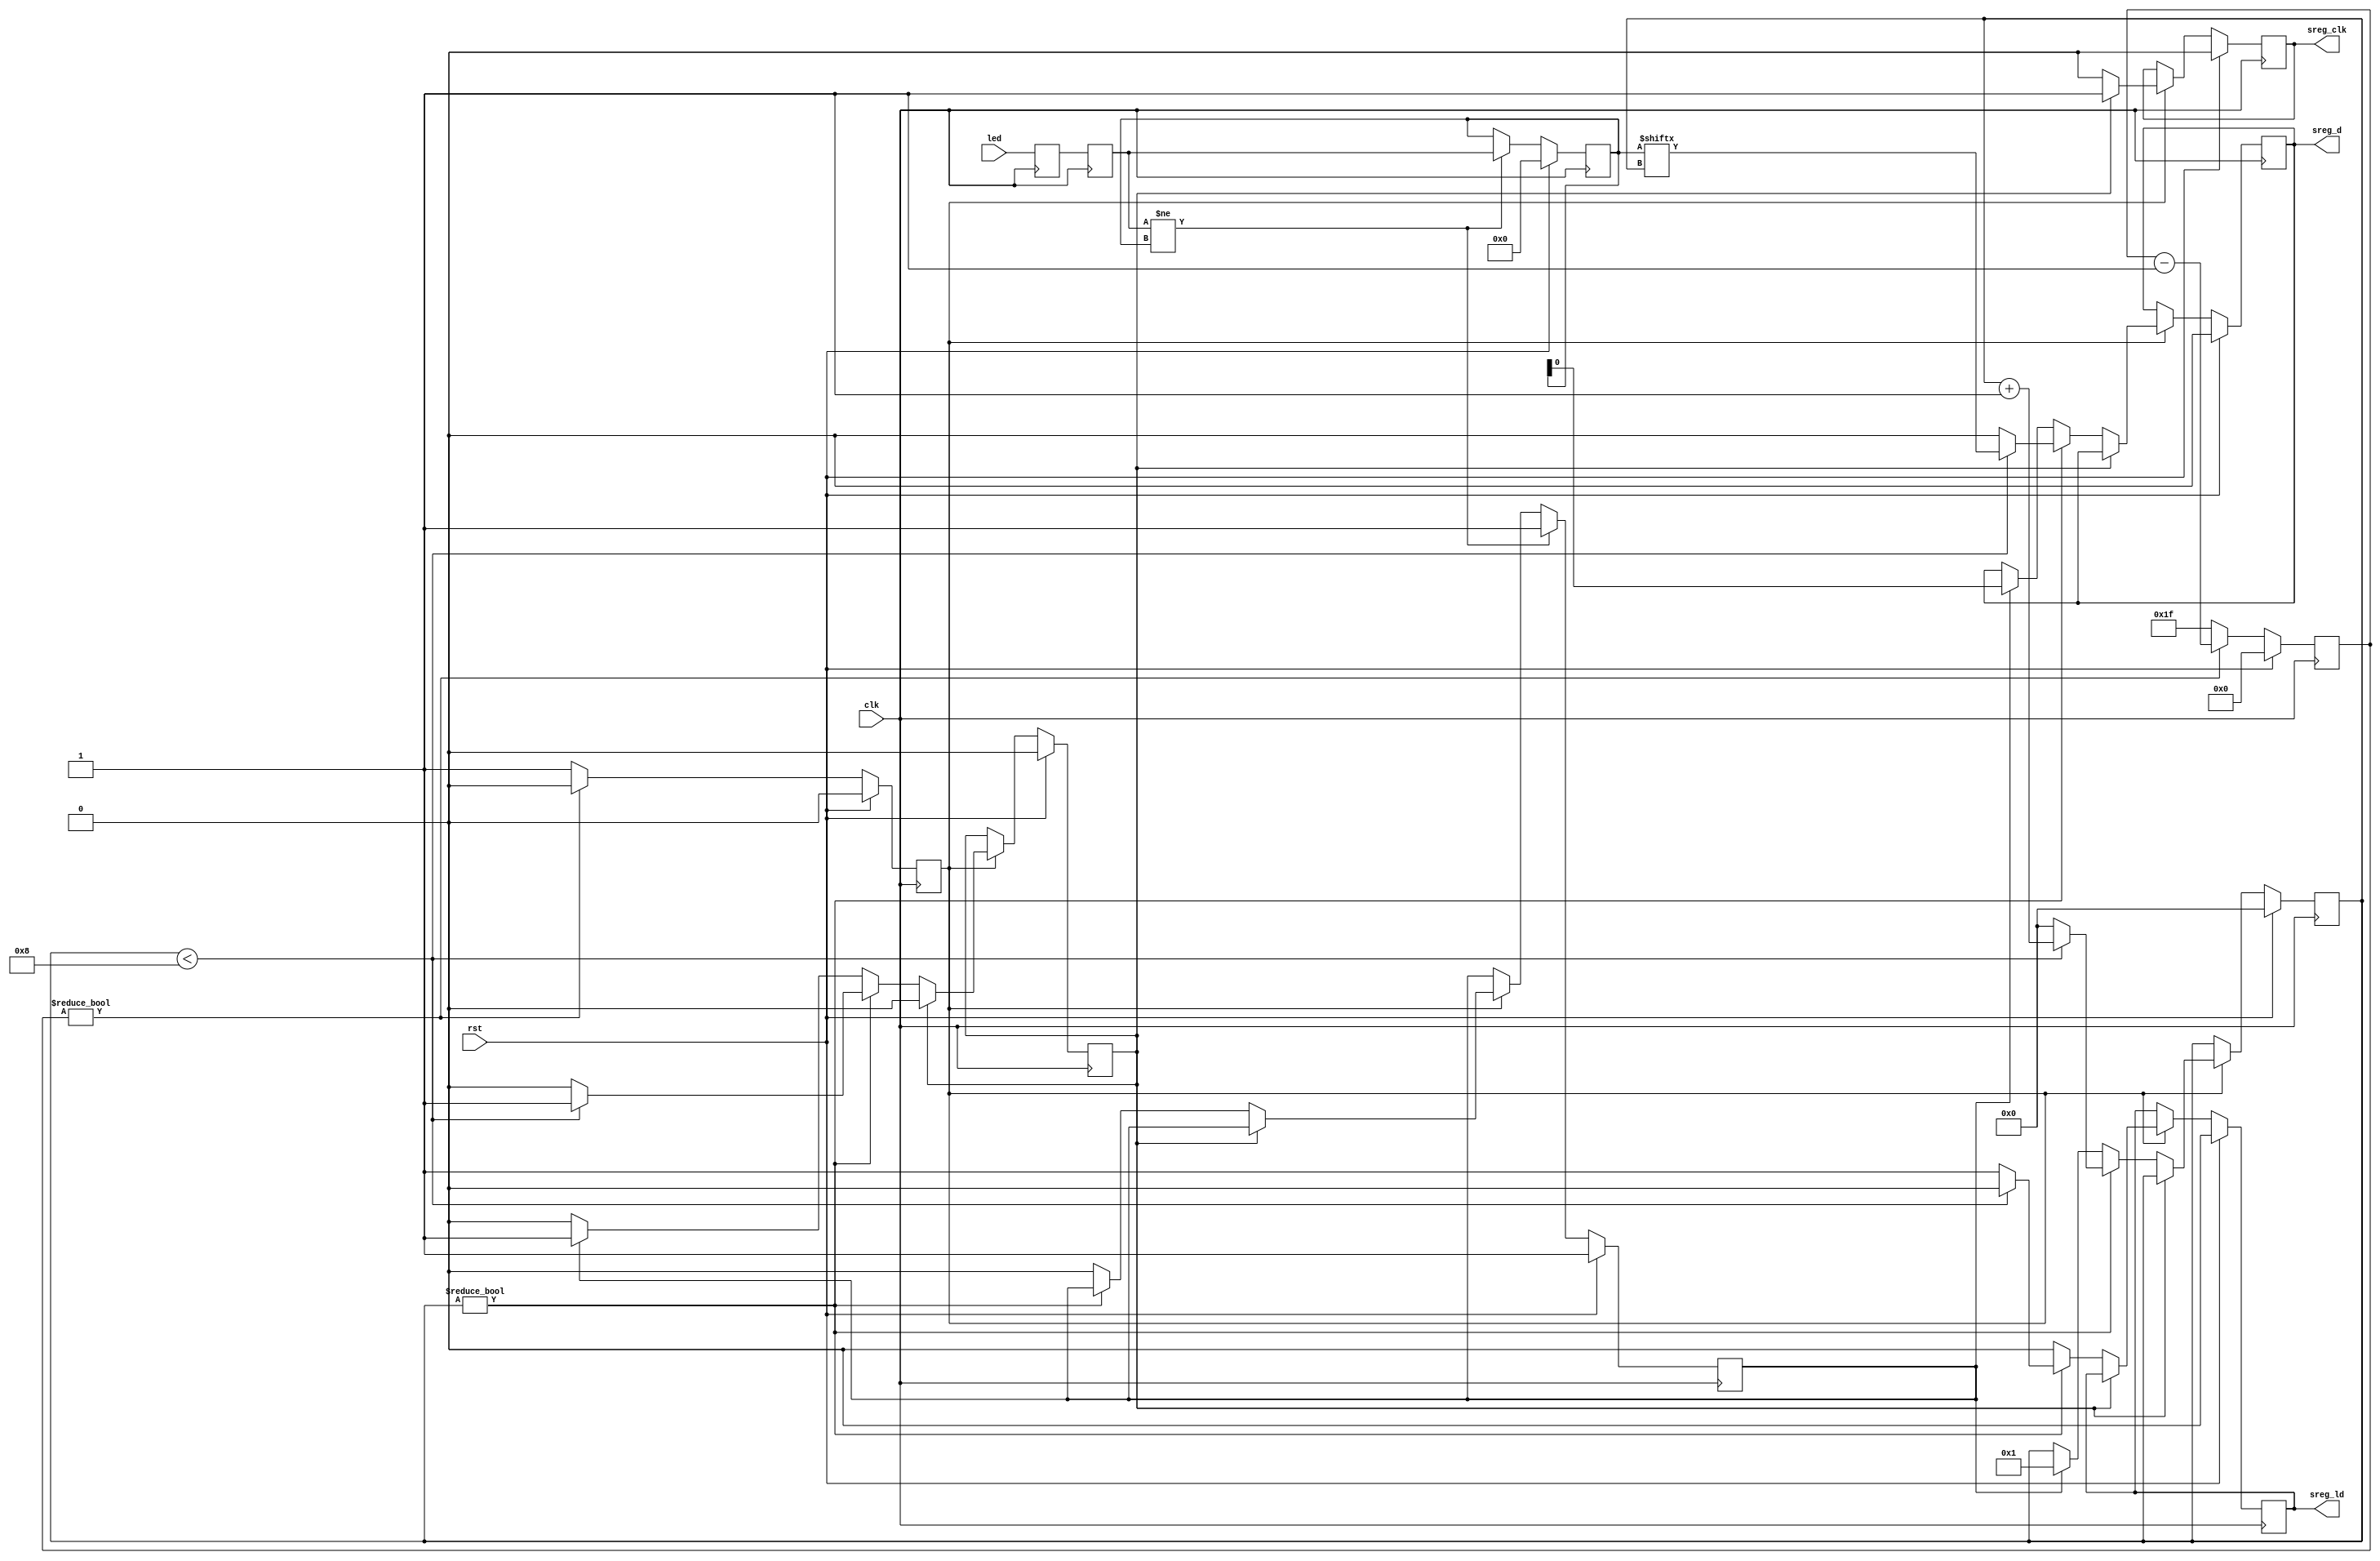
module led_sreg_driver #(
    // number of LEDs
    parameter COUNT = 8,
    // invert output
    parameter INVERT = 0,
    // clock prescale
    parameter PRESCALE = 31
)
(
    input  wire             clk,
    input  wire             rst,

    input  wire [COUNT-1:0] led,

    output wire             sreg_d,
    output wire             sreg_ld,
    output wire             sreg_clk
);

localparam CL_COUNT = $clog2(COUNT+1);
localparam CL_PRESCALE = $clog2(PRESCALE+1);

reg [CL_COUNT-1:0] count_reg = 0;
reg [CL_PRESCALE-1:0] prescale_count_reg = 0;
reg enable_reg = 1'b0;
reg update_reg = 1'b1;
reg cycle_reg = 1'b0;

reg [COUNT-1:0] led_sync_reg_1 = 0;
reg [COUNT-1:0] led_sync_reg_2 = 0;
reg [COUNT-1:0] led_reg = 0;

reg sreg_d_reg = 1'b0;
reg sreg_ld_reg = 1'b0;
reg sreg_clk_reg = 1'b0;

assign sreg_d = INVERT ? !sreg_d_reg : sreg_d_reg;
assign sreg_ld = sreg_ld_reg;
assign sreg_clk = sreg_clk_reg;

always @(posedge clk) begin
    led_sync_reg_1 <= led;
    led_sync_reg_2 <= led_sync_reg_1;

    enable_reg <= 1'b0;

    if (prescale_count_reg) begin
        prescale_count_reg <= prescale_count_reg - 1;
    end else begin
        enable_reg <= 1'b1;
        prescale_count_reg <= PRESCALE;
    end

    if (enable_reg) begin
        if (cycle_reg) begin
            cycle_reg <= 1'b0;
            sreg_clk_reg <= 1'b1;
        end else if (count_reg) begin
            sreg_clk_reg <= 1'b0;
            sreg_ld_reg <= 1'b0;

            if (count_reg < COUNT) begin
                count_reg <= count_reg + 1;
                cycle_reg <= 1'b1;
                sreg_d_reg <= led_reg[count_reg];
            end else begin
                count_reg <= 0;
                cycle_reg <= 1'b0;
                sreg_d_reg <= 1'b0;
                sreg_ld_reg <= 1'b1;
            end
        end else begin
            sreg_clk_reg <= 1'b0;
            sreg_ld_reg <= 1'b0;

            if (update_reg) begin
                update_reg <= 1'b0;

                count_reg <= 1;
                cycle_reg <= 1'b1;
                sreg_d_reg <= led_reg[0];
            end
        end
    end

    if (led_sync_reg_2 != led_reg) begin
        led_reg <= led_sync_reg_2;
        update_reg <= 1'b1;
    end

    if (rst) begin
        count_reg <= 0;
        prescale_count_reg <= 0;
        enable_reg <= 1'b0;
        update_reg <= 1'b1;
        cycle_reg <= 1'b0;
        led_reg <= 0;
        sreg_d_reg <= 1'b0;
        sreg_ld_reg <= 1'b0;
        sreg_clk_reg <= 1'b0;
    end
end

endmodule